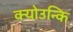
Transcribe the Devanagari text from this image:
क्योउन्कि